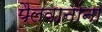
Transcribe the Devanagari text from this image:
पैलवानांना